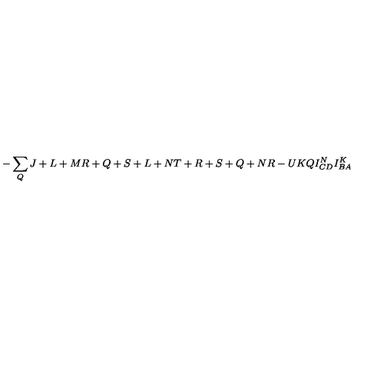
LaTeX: - \sum _ { Q } { \binom { J + L + M } { R + Q + S + L + N } } { \binom { T + R + S + Q + N } { R - U } } { \binom { K } { Q } } I _ { C D } ^ { N } I _ { B A } ^ { K }